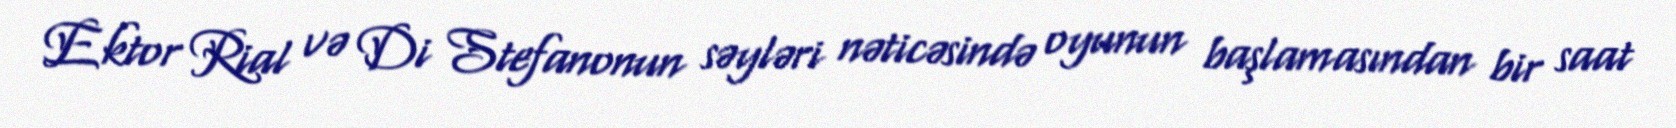
Ektor Rial və Di Stefanonun səyləri nəticəsində oyunun başlamasından bir saat